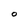
Character: O